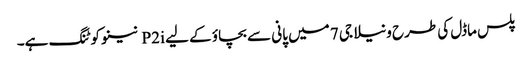
پلس ماڈل کی طرح ونیلا جی 7 میں پانی سے بچاؤ کے لیے P2i نینو کوٹنگ ہے۔